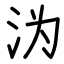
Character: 沩